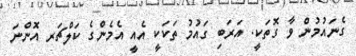
ގެނައުމުން ވާ ގޮތަކީ. އަރަބި ގައުމު ތަކަކީ އެއީ އެމެންގެ ކަލްޗަރ އޮންނަ